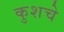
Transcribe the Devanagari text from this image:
कुशचे